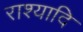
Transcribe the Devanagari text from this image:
राश्यादि